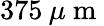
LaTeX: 375\: \mu\mathrm{~m~}